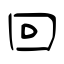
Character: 回